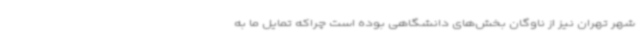
شهر تهران نیز از ناوگان بخش‌های دانشگاهی بوده است چراکه تمایل ما به